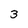
Character: 3